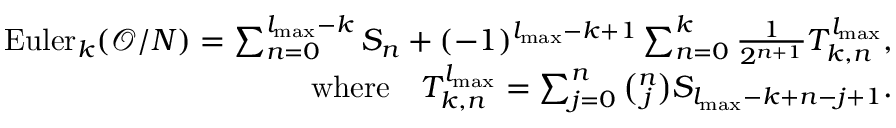
\begin{array} { r l r } & { } & { \mathrm { E u l e r } _ { k } ( \mathcal { O } / N ) = \sum _ { n = 0 } ^ { l _ { \mathrm { m a x } } - k } S _ { n } + ( - 1 ) ^ { l _ { \mathrm { m a x } } - k + 1 } \sum _ { n = 0 } ^ { k } \frac { 1 } { 2 ^ { n + 1 } } T _ { k , n } ^ { l _ { \mathrm { m a x } } } , } \\ & { } & { \mathrm { w h e r e \quad } T _ { k , n } ^ { l _ { \mathrm { m a x } } } = \sum _ { j = 0 } ^ { n } { \binom { n } { j } } S _ { l _ { \mathrm { m a x } } - k + n - j + 1 } . } \end{array}